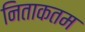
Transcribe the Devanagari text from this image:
निताकतम